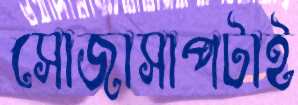
সোজাসাপটাই